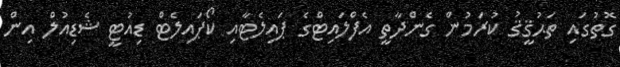
ގޮތުގައި ތަޙުޤީޤު ކުރަމުން ގެންދާތީ އެފްލައިޓްގެ ޕައިލެޓާއި ކޯޕައިލެޓް ޑިއުޓީ ޝެޑިއުލް އިން